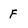
Character: F